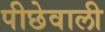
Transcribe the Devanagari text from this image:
पीछेवाली